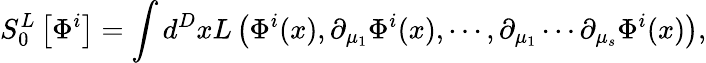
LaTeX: S_{0}^{L}\left[\Phi^{i}\right]=\int d^{D}xL\left(\Phi^{i}(x),\partial_{\mu_{1}}\Phi^{i}(x),\cdots,\partial_{\mu_{1}}\cdots\partial_{\mu_{s}}\Phi^{i}(x)\right),